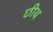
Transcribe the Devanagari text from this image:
छीथ